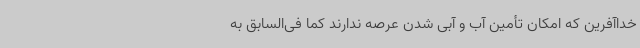
خداآفرین که امکان تأمین آب و آبی شدن عرصه ندارند کما فی‌السابق به